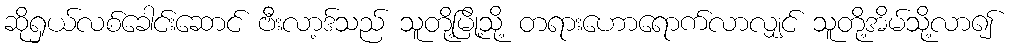
ဆိုရှယ်လစ်ခေါင်းဆောင် ဗီးလာ့ဒ်သည် သူတို့မြို့သို့ တရားဟောရောက်လာလျှင် သူတို့အိမ်သို့လာ၍